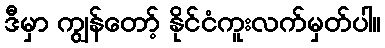
ဒီမှာ ကျွန်တော့် နိုင်ငံကူးလက်မှတ်ပါ။